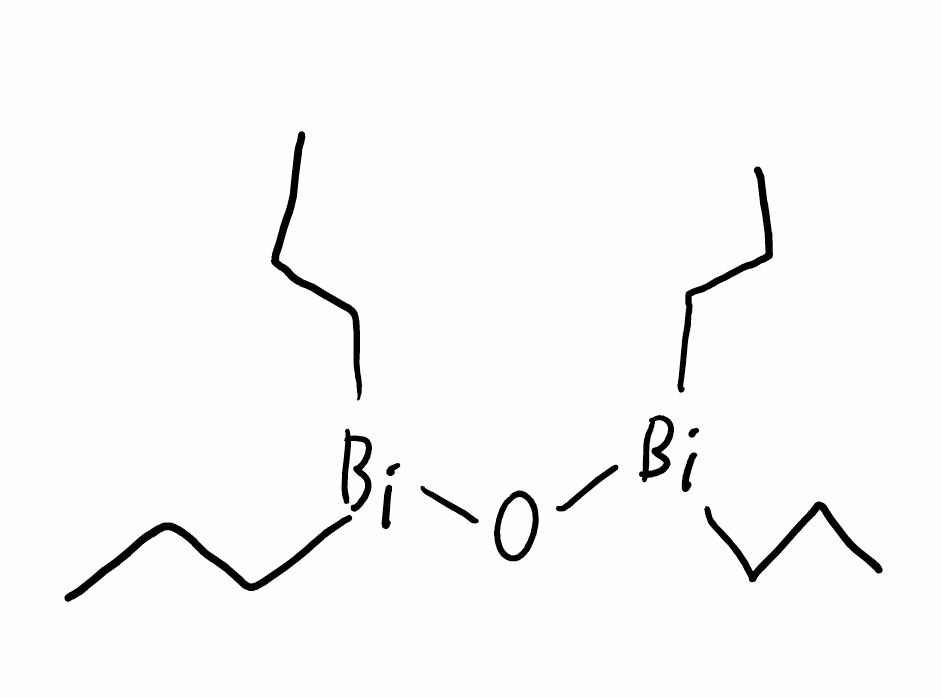
Simplified molecular-input line-entry system (SMILES) notation of the given molecule:
CCC[Bi](CCC)O[Bi](CCC)CCC